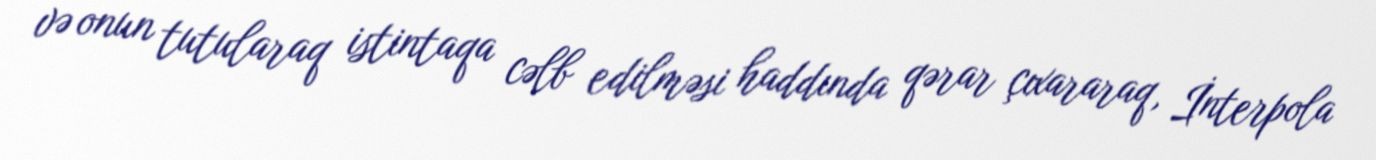
və onun tutularaq istintaqa cəlb edilməsi haddında qərar çıxararaq, İnterpola